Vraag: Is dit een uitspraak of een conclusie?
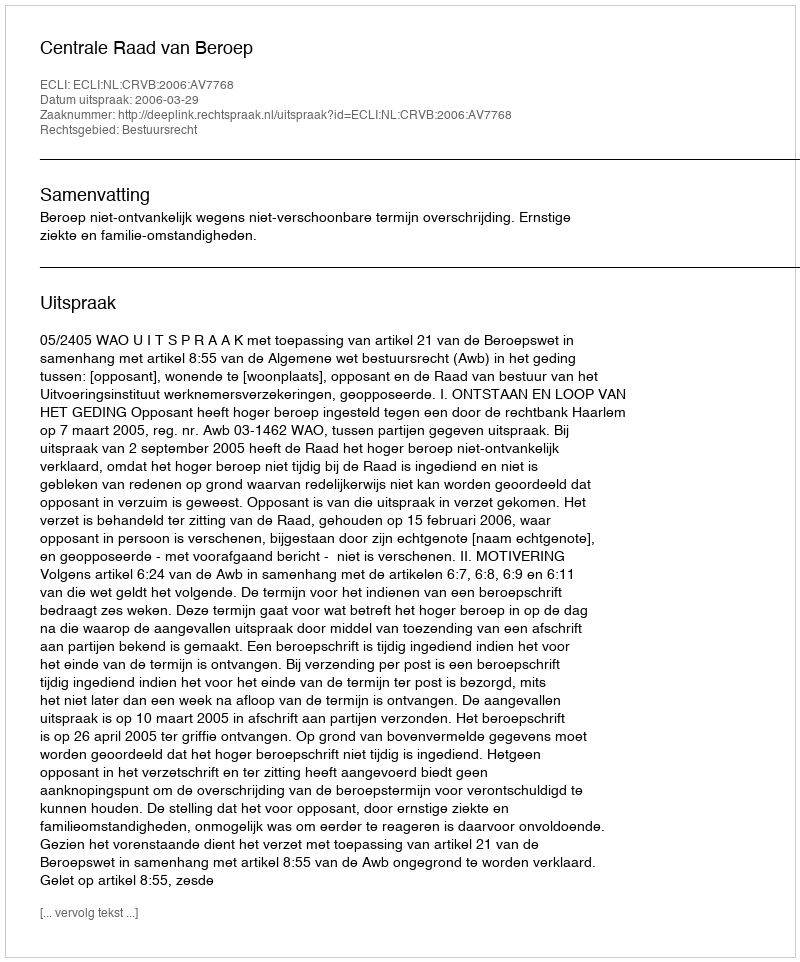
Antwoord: Uitspraak